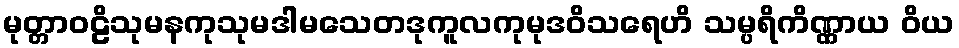
မုတ္တာဝဠိသုမနကုသုမဒါမသေတဒုကူလကုမုဒဝိသရေဟိ သမ္ပရိကိဏ္ဏာယ ဝိယ